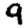
Digit: 9